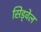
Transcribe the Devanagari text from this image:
सिड्वेल